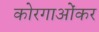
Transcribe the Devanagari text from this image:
कोरगाओंकर